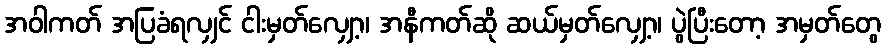
အဝါကတ် အပြခံရလျှင် ငါးမှတ်လျှော့၊ အနီကတ်ဆို ဆယ်မှတ်လျှော့၊ ပွဲပြီးတော့ အမှတ်တွေ